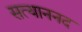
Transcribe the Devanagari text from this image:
सत्याननद